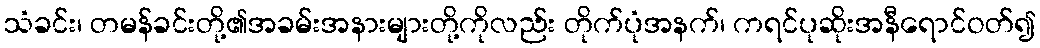
သံခင်း၊ တမန်ခင်းတို့၏အခမ်းအနားများတို့ကိုလည်း တိုက်ပုံအနက်၊ ကရင်ပုဆိုးအနီရောင်ဝတ်၍